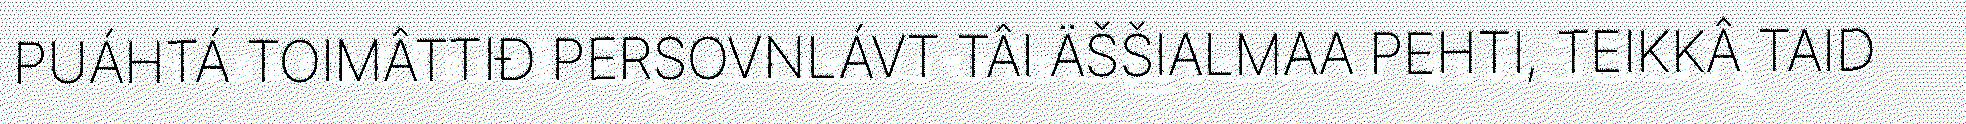
PUÁHTÁ TOIMÂTTIĐ PERSOVNLÁVT TÂI ÄŠŠIALMAA PEHTI, TEIKKÂ TAID